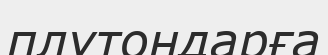
плутондарға